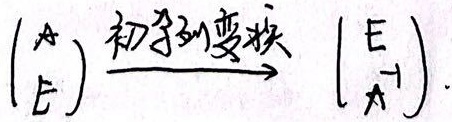
\(\begin{pmatrix}A \\E\end{pmatrix}\xrightarrow{初等变换}\begin{pmatrix}E \\A^{-1}\end{pmatrix}\)